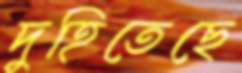
দুহিতেছে